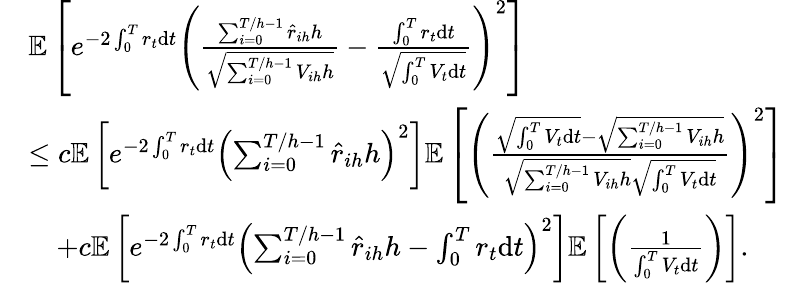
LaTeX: \begin{array}{rl}&{\mathbb{E}\left[e^{-2\int_{0}^{T}r_{t}\mathrm{d}t}\left(\frac{\sum_{i=0}^{T/h-1}\hat{r}_{ih}h}{\sqrt{\sum_{i=0}^{T/h-1}V_{ih}h}}-\frac{\int_{0}^{T}r_{t}\mathrm{d}t}{\sqrt{\int_{0}^{T}V_{t}\mathrm{d}t}}\right)^{2}\right]}\\ &{\leq c\mathbb{E}\left[e^{-2\int_{0}^{T}r_{t}\mathrm{d}t}\left(\sum_{i=0}^{T/h-1}\hat{r}_{ih}h\right)^{2}\right]\mathbb{E}\left[\left(\frac{\sqrt{\int_{0}^{T}V_{t}\mathrm{d}t}-\sqrt{\sum_{i=0}^{T/h-1}V_{ih}h}}{\sqrt{\sum_{i=0}^{T/h-1}V_{ih}h}\sqrt{\int_{0}^{T}V_{t}\mathrm{d}t}}\right)^{2}\right]}\\ &{\quad+c\mathbb{E}\left[e^{-2\int_{0}^{T}r_{t}\mathrm{d}t}\left(\sum_{i=0}^{T/h-1}\hat{r}_{ih}h-\int_{0}^{T}r_{t}\mathrm{d}t\right)^{2}\right]\mathbb{E}\left[\left(\frac{1}{\int_{0}^{T}V_{t}\mathrm{d}t}\right)\right].}\end{array}